Report on sanitation, dispensaries, and jails in Rajputana for 1916, and on vaccination for the year 1916-1917 - 1916-1917
Year: 1916
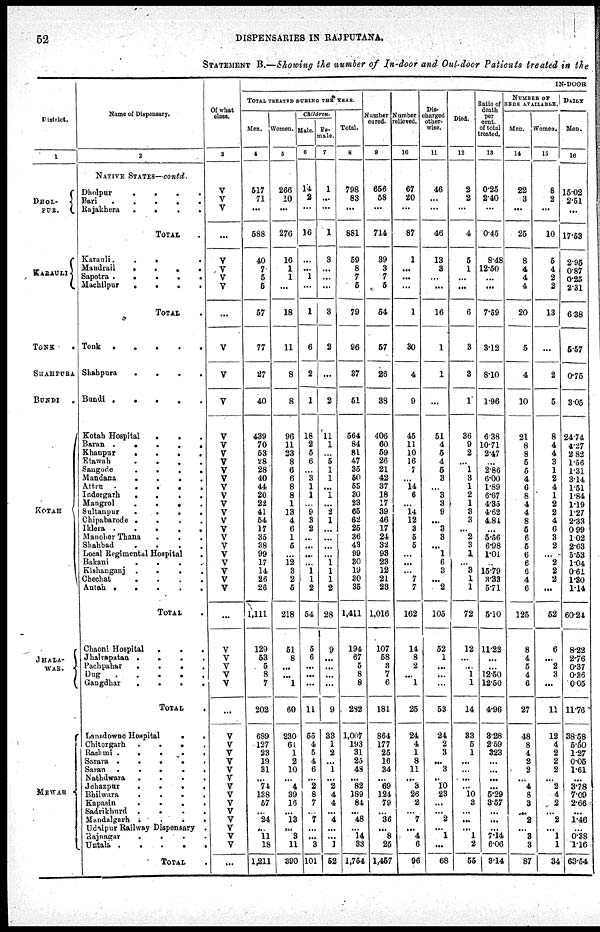
52
DISPENSARIES
IN
RAJPUTANA.
STATEMENT B.—Showing the number of In-door and Out-door Patients treated in the
District.
1
DHOL-
PUR
KARAULI
TONK
.
SHAHPURA
BUNDI .
KOTAH
JHALA¬
WAR.
MEWAR
NAME OF DISPENSARY.
2
NATIVE STATES—contd.
Dholpur....
Bari....
Rajakhera....
TOTAL.
Karauli . . . .
Mandrail....
Sapotra ....
Machilpur....
TOTAL.
Tonk . . . .
Shahpura
.
.
.
.
Bundi
Kotah Hospital . . . .
Baran . . . .
Khanpur . . . .
Etawah
.
.
.
.
Sangode
.
.
.
.
Mandana
.
.
.
.
Attru . . . .
.
Indergarh
.
.
.
.
Mangrol
.
.
.
.
Sultanpur
.
.
.
.
Chipabarode. .
.
.
.
Iklera. . . . .
Manohar Thana . . . .
Shahbad
.
.
.
.
Local Regimental Hospital.
Bakani
.
.
.
.
Kishanganj .
.
.
.
Chechat
.
.
.
.
Antah
TOTAL.
Chaoni Hospital . . .
Jhalraputan . . . .
Pachpahar . . . . .
Dug
.
.
.
.
.
Gangdhar . . . . .
TOTAL.
Lansdowne Hospital . . . . .
Chitorgarh . . . . .
Rashmi . . . . .
Sarara . . . . .
Saran . . . .
Nathdwara
. . . .
Jeharpur. . . .
Bhilwara . . . .
Kapasin . . . .
Sadrikhurd . . . .
Mandalgarh . . . .
Udaipur Railway Dispensary.
Rajnagar . . . .
Untali .
.
.
.
TOTAL.
Of What
class.
3
V
V
V
...
V
V
V
V
...
V
V
V
V
V
V
V
V
V
V
V
V
V
V
V
V
V
V
V
V
V
V
V
V
V
V
V
...
V
V
V
V
V
V
V
V
V
V
V
V
V
V
...
IN-DOOR
TOTAL TREATED DURING THE YEAR.
Men.
4
517
71
...
588
40
7
5
5
57
77
27
40
439
70
53
28
28
40
44
20
22
41
54
17
36
38
99
17
14
16
26
1,111
129
53
5
8
7
202
689
127
23
19
31
...
74
138
57
...
24
...
11
18
1,211
Women.
5
266
10
...
276
16
1
1
...
18
11
8
8
96
11
33
8
6
6
8
8
1
13
4
6
1
5
...
12
3
2
5
218
51
8
...
...
1
60
230
61
1
2
10
...
4
39
16
...
13
...
3
11
390
Children.
Male
6
14
2
...
16
...
...
1
...
1
6
2
1
18
2
5
6
...
3
1
1
...
9
3
2
..
...
...
...
1
1
2
54
5
6
...
...
...
11
66
4
5
4
6
...
2
8
7
...
7
...
...
3
101
Fe-
male.
7
1
...
...
1
3
...
...
...
3
2
...
2
11
1
...
5
1
1
...
1
...
9
1
...
...
...
...
1
1
1
2
28
9
...
...
...
...
9
33
1
2
...
1
...
2
4
4
...
4
...
...
1
52
Total.
8
798
83
...
881
59
8
7
5
79
96
37
51
564
84
81
47
85
50
55
30
23
65
62
25
36
43
99
30
19
80
86
1,411
194
67
5
8
8
282
l,007
193
31
25
43
...
82
189
84
...
48
...
14
33
1.754
Number
cured.
9
656
68
...
714
39
3
7
5
54
57
26
88
406
60
59
26
21
42
37
18
17
39
46
17
24
32
93
23
12
21
23
1,016
107
58
3
7
6
181
864
177
25
16
34
...
69
124
79
...
36
...
8
25
1,457
Number
relieved.
10
67
20
...
87
1
...
...
...
1
30
4
9
45
11
10
16
7
...
14
6
...
14
12
3
5
5
...
...
...
7
7
162
14
8
2
...
1
25
24
4
1
8
11
...
3
26
2
...
7
...
4
6
96
Dis-
charged
other-
wise.
11
46
...
...
46
13
3
...
...
16
1
1
...
51
4
5
4
5
8
...
3
3
9
...
3
3
...
1
6
3
...
2
105
52
1 ...
...
...
53
24
2
3
...
3
...
10
23
...
...
2
...
1
...
68
Died.
12
2
2
...
4
5
1
...
...
6
8
3
1
36
9
2
...
1
3
1
2
1
3
3
...
2
3
1
3
1
1
72
12
...
...
1
1
14
33
5
1
...
...
...
...
10 3
...
...
...
1
2
55
Ratio of
death
per
cent.
of total
treated.
13
0.25
2.40
...
0.45
8.48
12.50
...
7.59
8.12
8.10
1.96
6.39
10.71
2.47
2.86
6.00
1.89
6.67
4.35
4.62
484
...
5.56
6.98
1.01
...
15.79
8.33
5.71
5.10
11.22
...
....
12.50
12.50
4.96
3.28
2.59
323
...
...
...
...
5.29
3.57
...
...
...
7.14
6.06
8.14
NUMBER OF
BEDS AVAILABLE
Men.
14
22
3
...
25
8
4
4
4
20
5
4
10
21
8
8
5
5
4
6
8
4
4
8
5
6
5
6
6
6
4
6
125
8
4
5
4
6
27
48
8
4
2
2
...
4
8
3
...
...
...
3
3
87
Women
15
8
2
...
10
5
4
2
2
13
...
2
5
8
4
4
3
1
2
4
1
2
2
4
6
3
2
...
2
2
2
...
52
6
...
2
3
...
11
12
4
2
2
2
...
2
4
2
...
2
...
1
1
34
DAILY
Men.
16
15.02
2.51
...
17.53
2.95
0.87
0.25
231
6.38
5.57
0.75
3.05
24.74
4.27
2.82
1.56
1.31
3.14
1.51
1.84
1.19
1.27
2.33
0.99
1.02
2.63 5.53
1.04
0.61
1.30
1.14
60.24
8.22
2.76
0.37
0.36
0.05
11.76
38.58
5.50
1.27
0.05
1.61
...
3.78
7.09
2.65
...
1.46
...
0.38
1.16
63.54